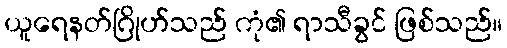
ယူရေနတ်ဂြိုဟ်သည် ကုံ၏ ရာသီခွင် ဖြစ်သည်။